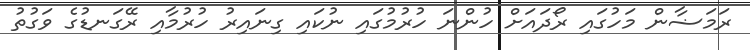
ރަމަޟާން މަހުގައި ރޯދައަށް ހުންނަ ހުރުމުގައި ނުކައި ގިނައިރު ހުރުމާއި ރޭގަނޑުގެ ވަގުތު